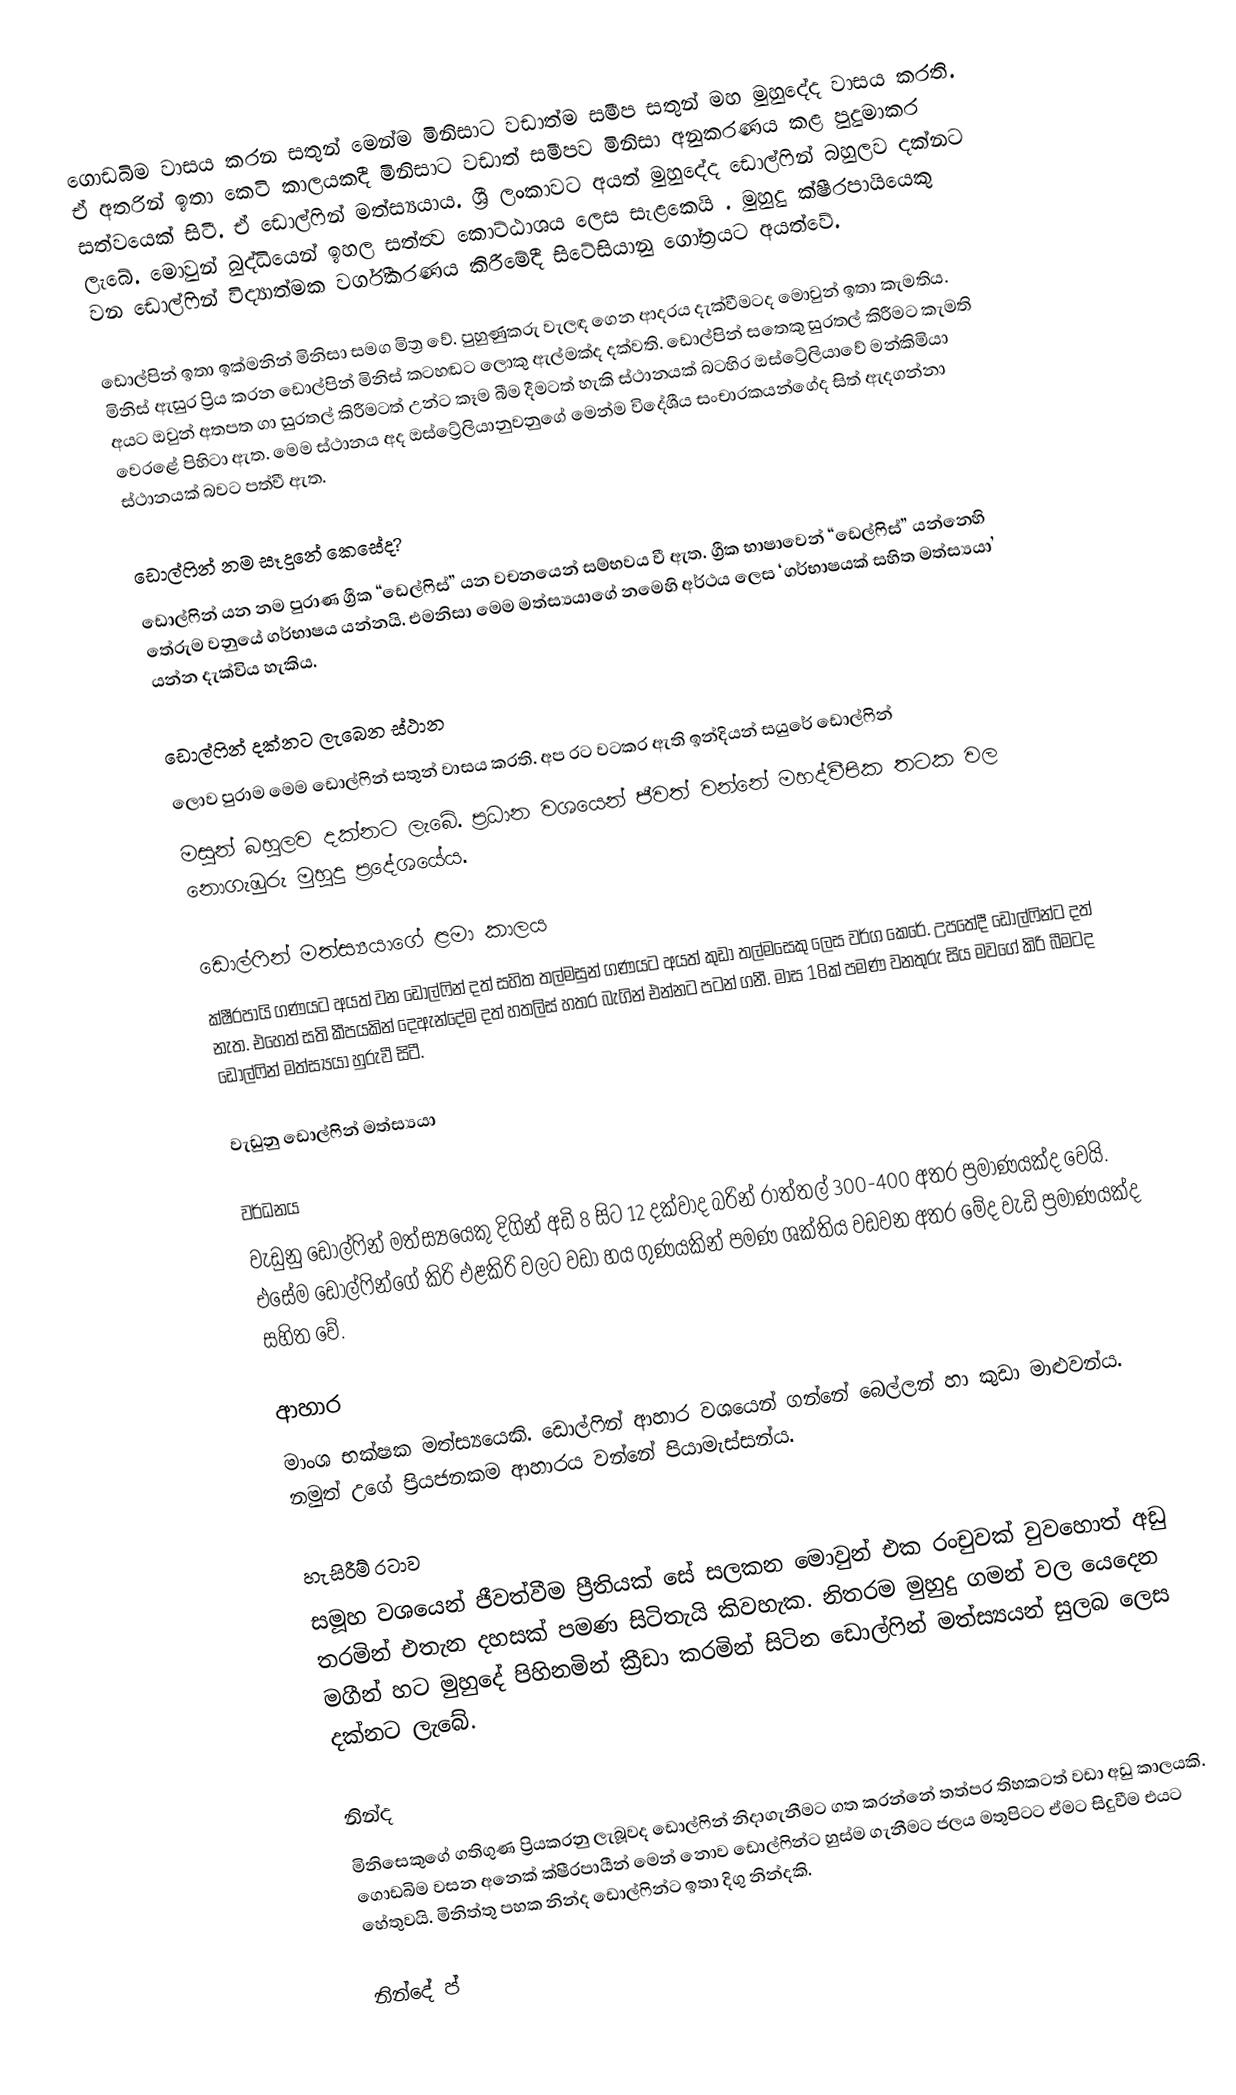
ගොඩබිම වාසය කරන සතුන් මෙන්ම මිනිසාට වඩාත්ම සමීප සතුන් ම‍හ මුහුදේද වාසය කරති. ඒ අතරින් ඉතා කෙටි කාලයකදී මිනිසාට වඩාත් සමීපව මිනිසා අනුකරණය කළ පුදුමාකර සත්වයෙක් සි‍ටී. ඒ ‍ඩොල්ෆින් මත්ස්‍යයාය. ශ්‍රී ලංකාවට අයත් මුහුදේද ඩොල්ෆින් බහුලව දක්නට ලැබේ. මොවුන් බුද්ධියෙන් ඉහල සත්ත්‍ව කොට්ඨාශය ලෙස සැළකෙයි . මුහුදු ක්ෂීරපායියෙකු වන ඩොල්ෆින් විද්‍යාත්මක වර්ගීකරණය කිරීමේදී සිටේසියානු ගෝත්‍රයට අයත්වේ.

ඩොල්පින් ඉතා ඉක්මනින් මිනිසා සමග මිත්‍ර වේ. පුහුණුකරු වැලඳ ගෙන ආදරය දැක්වීමටද මොවුන් ඉතා කැමතිය. මිනිස් ඇසුර ප්‍රිය කරන ඩොල්පින් මිනිස් කටහඬට ලොකු ඇල්මක්ද දක්වති. ඩොල්පින් සතෙකු සුරතල් කිරීමට කැමති අයට ඔවුන් අතපත ගා සුරතල් කිරීමටත් උන්ට කෑම බීම දීමටත් හැකි ස්ථානයක් බටහිර ඔස්ට්‍රේලියාවේ මන්කිමියා වෙරළේ පිහිටා ඇත. මෙම ස්ථානය අද ඔස්ට්‍රේලියානුවනුගේ මෙන්ම විදේශීය සංචාරකයන්ගේද සිත් ඇදගන්නා ස්ථානයක් බවට පත්වී ඇත.

ඩොල්ෆින් නම සෑදුනේ කෙසේද?
ඩොල්ෆින් යන නම පුරාණ ග්‍රීක “ඩෙල්ෆිස්” යන වචනයෙන් සම්භවය වී ඇත. ග්‍රීක භාෂාවෙන් “ඩෙල්ෆිස්” යන්නෙහි තේරුම වනුයේ ගර්භාෂය යන්නයි. එමනිසා මෙම මත්ස්‍යයාගේ නමෙහි අර්ථය ලෙස ‘ගර්භාෂයක් සහිත මත්ස්‍යයා’ යන්න දැක්විය හැකිය.

ඩොල්ෆින් දක්නට ලැබෙන ස්ථාන
ලොව පුරාම මෙම ඩොල්ෆින් සතුන් වාසය කරති. අප ර‍ට වටකර ඇති ඉන්දියන් සයුරේ ඩොල්ෆින්
මසුන් බහුලව දක්නට ලැබේ. ප්‍රධාන වශයෙන් ජීවත් වන්නේ මහද්වීපික තටක වල නොගැඹුරු මුහුදු ප්‍රදේශයේය.

ඩොල්ෆින් මත්ස්‍යයාගේ ළමා කාලය
ක්ෂීරපායි ගණයට අයත් වන ඩොල්ෆින් දත් සහිත තල්මසුන් ගණයට අයත් කුඩා තල්මසෙකු ලෙස වර්ග කෙරේ. උපතේදී ඩොල්ෆින්ට දත් නැත. එහෙත් සති කීපයකින් දෙඇන්දේම දත් හතලිස් හතර බැගින් එන්නට පටන් ගනී. මාස 18ක් පමණ වනතුරු සිය මව‍ගේ කිරි බීමටද ඩොල්ෆින් මත්ස්‍යයා හුරුවී සිටී.

වැඩුනු ඩොල්ෆින් මත්ස්‍යයා‍

වර්ධනය
වැඩුනු ඩොල්ෆින් මත්ස්‍යයෙකු දිගින් අඩි 8 සිට 12 දක්වාද බරින් රාත්තල් 300-400 අතර ප්‍රමාණයක්ද‍ වෙයි. එසේම ඩොල්ෆින්ගේ කිරි එළකිරි වලට වඩා හය ගුණයකින් පමණ ශක්තිය වඩවන අතර මේද වැඩි ප්‍රමාණයක්ද සහිත වේ.

ආහාර
මාංශ භක්ෂක මත්ස්‍යයෙකි. ඩොල්ෆින් ආහාර වශයෙන් ගන්නේ බෙල්ලන් හා කුඩා මාළුවන්ය. නමුත් උගේ ප්‍රියජනකම ආහාරය වන්නේ පියාමැස්සන්ය.

හැසිරීම් රටාව
සමූහ වශයෙන් ජීවත්වීම ප්‍රීතියක් සේ සලකන මොවුන් එක රංචුවක් වුවහොත් අඩු තරමින් එතැන දහසක් පමණ සිටිතැයි කිවහැක. නිතරම මුහුදු ගමන් වල යෙදෙන මගීන් හට මුහුදේ පිහිනමින් ක්‍රීඩා කරමින් සිටින ඩොල්ෆින් මත්ස්‍යයන් සුලබ ලෙස දක්නට ලැබේ.

නින්ද
මිනිසෙකුගේ ගතිගුණ ප්‍රියකරනු ලැබූවද ඩොල්ෆින් නිදාගැනීමට ගත කරන්නේ තත්පර තිහකටත් වඩා අඩු කාලයකි. ගොඩබිම වසන අනෙක් ක්ෂීරපායීන් මෙන් නොව ඩොල්ෆින්ට හුස්ම ගැනීමට ජලය මතුපිටට ඒමට සිදුවීම එයට හේතුවයි. මිනිත්තු පහක නින්ද ඩොල්ෆින්ට ඉතා දිගු නින්දකි.

නින්දේ ප්‍